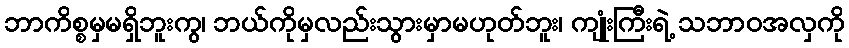
ဘာကိစ္စမှမရှိဘူးကွ၊ ဘယ်ကိုမှလည်းသွားမှာမဟုတ်ဘူး၊ ကျုံးကြီးရဲ့ သဘာဝအလှကို